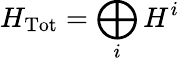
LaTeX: H_{\mathrm{Tot}}=\bigoplus_{i}H^{i}